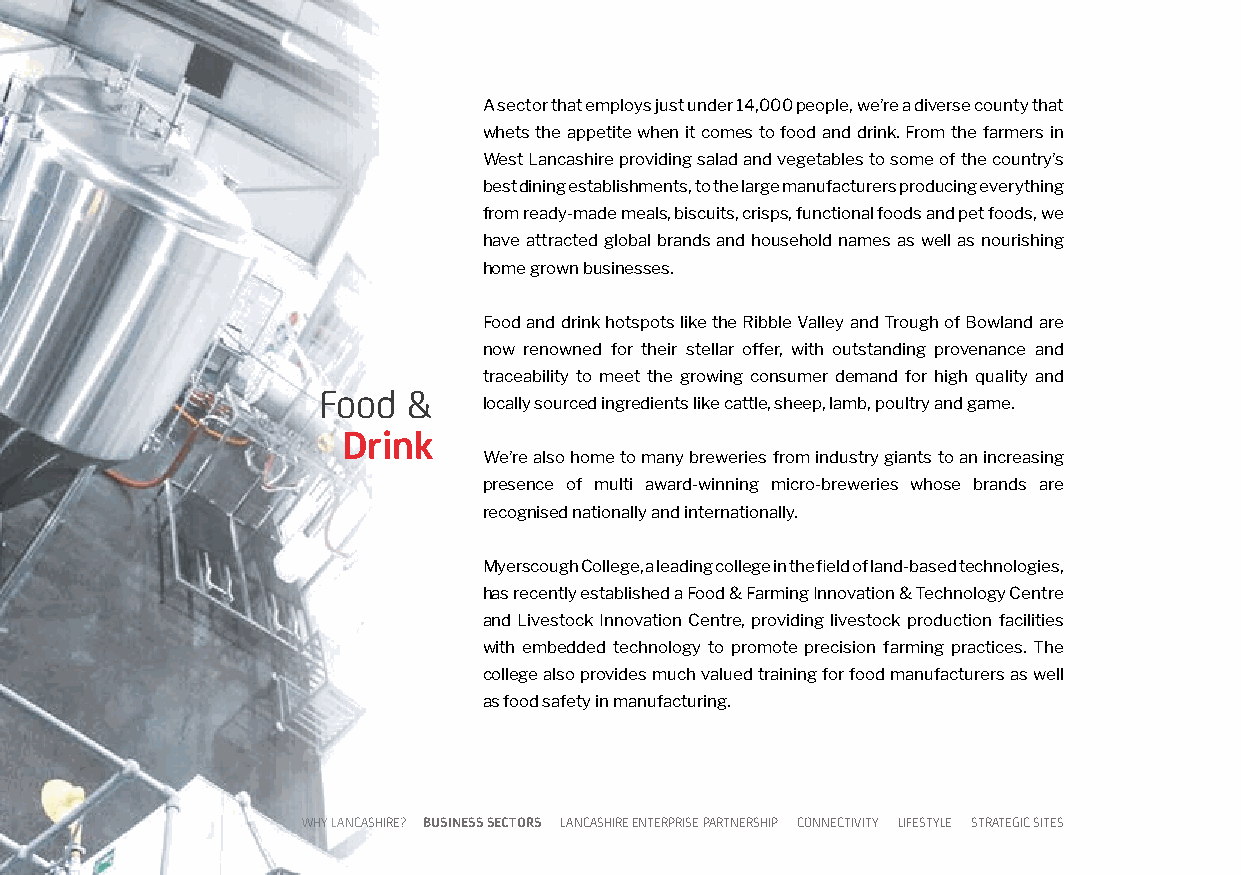
A sector that employs just under 14,000 people, we’re a diverse county that
 whets the appetite when it comes to food and drink. From the farmers in
 West Lancashire providing salad and vegetables to some of the country’s
 best dining establishments, to the large manufacturers producing everything
 from ready-made meals, biscuits, crisps, functional foods and pet foods, we
 have attracted global brands and household names as well as nourishing
 home grown businesses.
 Food and drink hotspots like the Ribble Valley and Trough of Bowland are
 now renowned for their stellar offer, with outstanding provenance and
 traceability to meet the growing consumer demand for high quality and
 Food  &
 locally sourced ingredients like cattle, sheep, lamb, poultry and game.
 Drink
 We’re also home to many breweries from industry giants to an increasing
 presence of multi award-winning micro-breweries whose brands are
 recognised nationally and internationally.
 Myerscough College, a leading college in the field of land-based technologies,
 has recently established a Food & Farming Innovation & Technology Centre
 and Livestock Innovation Centre, providing livestock production facilities
 with embedded technology to promote precision farming practices. The
 college also provides much valued training for food manufacturers as well
 as food safety in manufacturing.
 WHY LANCASHIRE? BUSINESS SECTORS LANCASHIRE ENTERPRISE PARTNERSHIP CONNECTIVITY LIFESTYLE STRATEGIC SITES